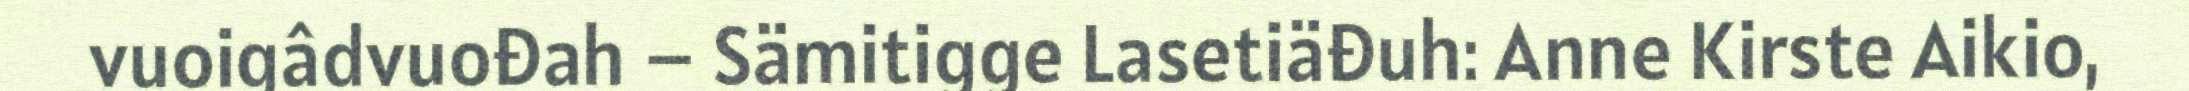
vuoigâdvuođah – Sämitigge Lasetiäđuh: Anne Kirste Aikio,